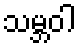
သမ္ဘဝါ